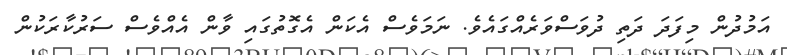
އަމުދުން މިފަދަ ދަތި ދުވަސްވަރެއްގައެވެ. ނަމަވެސް އެކަން އެގޮތުގައި ވާން އެއްވެސް ސަރުކާރަކުން